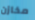
مخازن